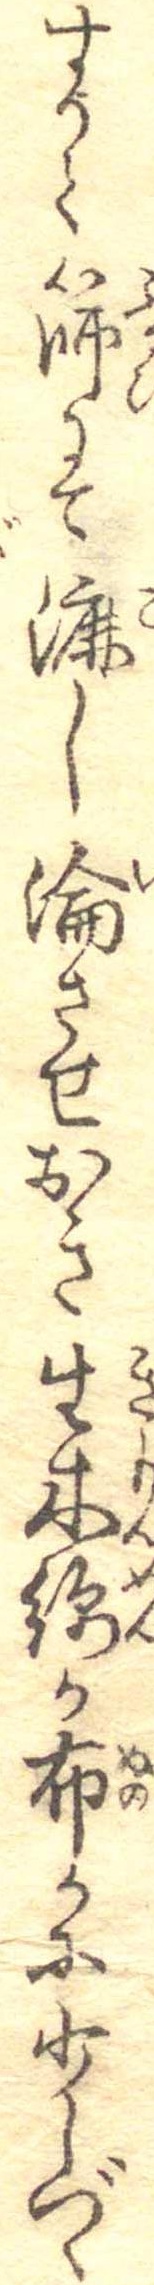
すりて篩にて漉し淪させおき生木綿か布かに少しづゝ